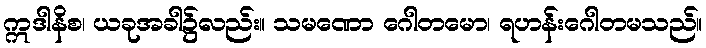
ဣဒါနိစ၊ ယခုအခါ၌လည်း။ သမဏော ဂေါတမော၊ ရဟန်းဂေါတမသည်။